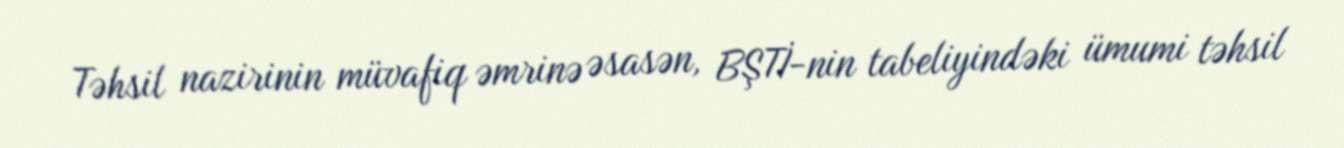
Təhsil nazirinin müvafiq əmrinə əsasən, BŞTİ-nin tabeliyindəki ümumi təhsil